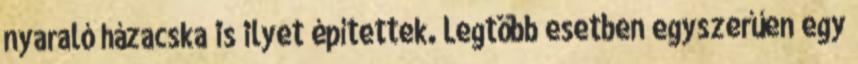
nyaraló házacska is ilyet építettek. Legtöbb esetben egyszerűen egy